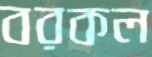
বরকল